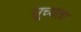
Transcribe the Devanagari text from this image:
सूच्यता